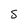
Character: 5